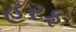
હરફ